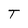
Character: T